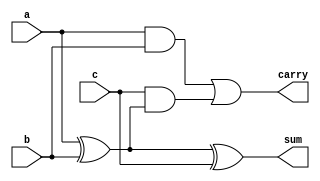
`timescale 1ns / 1ps

module Full_Adder(
    input a,b,c,
    output sum,carry
    );
    
    assign sum = a^b^c;
    assign carry = (a&b)|(c&(a^b));
    
endmodule